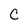
Character: C